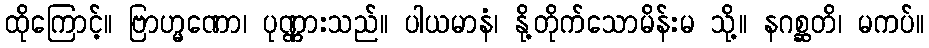
ထိုကြောင့်။ ဗြာဟ္မဏော၊ ပုဏ္ဏားသည်။ ပါယမာနံ၊ နို့တိုက်သောမိန်းမ သို့။ နဂစ္ဆတိ၊ မကပ်။